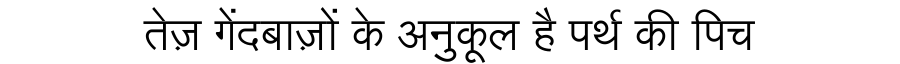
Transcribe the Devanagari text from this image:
तेज़ गेंदबाज़ों के अनुकूल है पर्थ की पिच